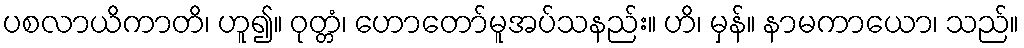
ပစလာယိကာတိ၊ ဟူ၍။ ဝုတ္တံ၊ ဟောတော်မူအပ်သနည်း။ ဟိ၊ မှန်။ နာမကာယော၊ သည်။